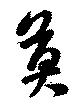
莫